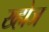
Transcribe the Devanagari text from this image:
ख्होज